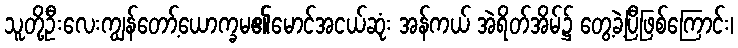
သူတို့ဦးလေးကျွန်တော့်ယောက္ခမ၏မောင်အငယ်ဆုံး အန်ကယ် အဲရိတ်အိမ်၌ တွေ့ခဲ့ပြီဖြစ်ကြောင်း၊